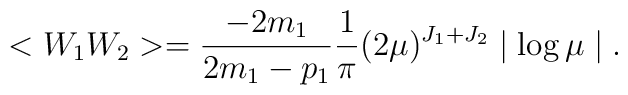
<W_{1}W_{2}>=\frac{-2m_{1}}{2m_{1}-p_{1}}\frac{1}{\pi} (2\mu ) ^{J_{1}+J_{2}}\mid \log \mu \mid .